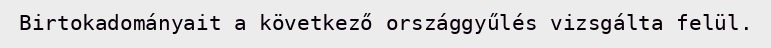
Birtokadományait a következő országgyűlés vizsgálta felül.